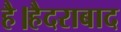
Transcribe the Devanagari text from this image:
है।हैदराबाद